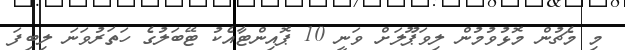
މި މެޗުން މޮޅުވުމުން ލިވަޕޫލަށް ވަނީ 10 ޕޮއިންޓާއެކު ޓޭބަލުގެ ހަތަރުވަނަ ލިބިފަ